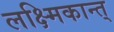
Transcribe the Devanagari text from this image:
लक्ष्मिकान्त्